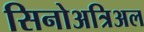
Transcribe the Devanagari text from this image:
सिनोअत्रिअल